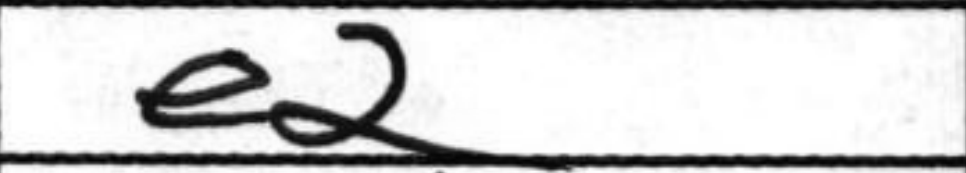
Transcription: e2